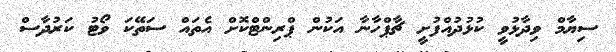
ސިޔާމް ވިދާޅުވީ ކުޅުދުއްފުށީ ޗާޕްހާނާ އަކުން ޕްރިންޓްކޮށް އެތައް ސަތޭކަ ވޯޓު ކަރުދާސް